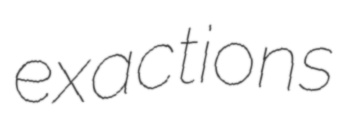
exactions